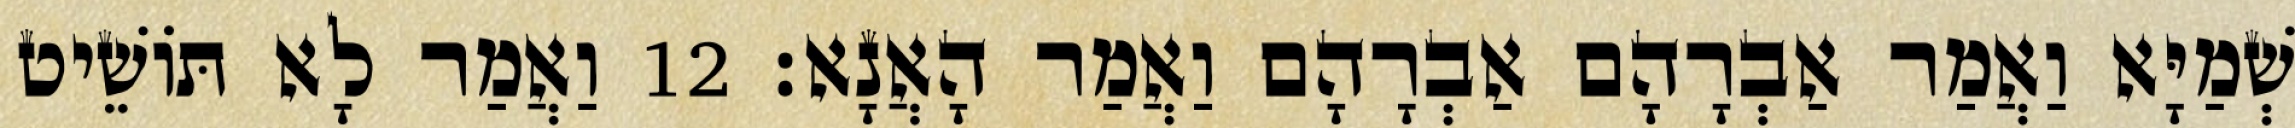
שְׁמַיָּא וַאֲמַר אַבְרָהָם אַבְרָהָם וַאֲמַר הָאֲנָא׃ 12 וַאֲמַר לָא תּוֹשֵׁיט